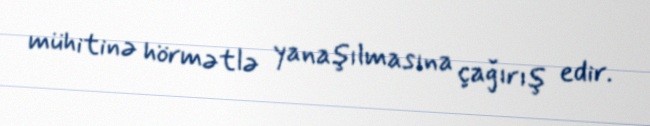
mühitinə hörmətlə yanaşılmasına çağırış edir.